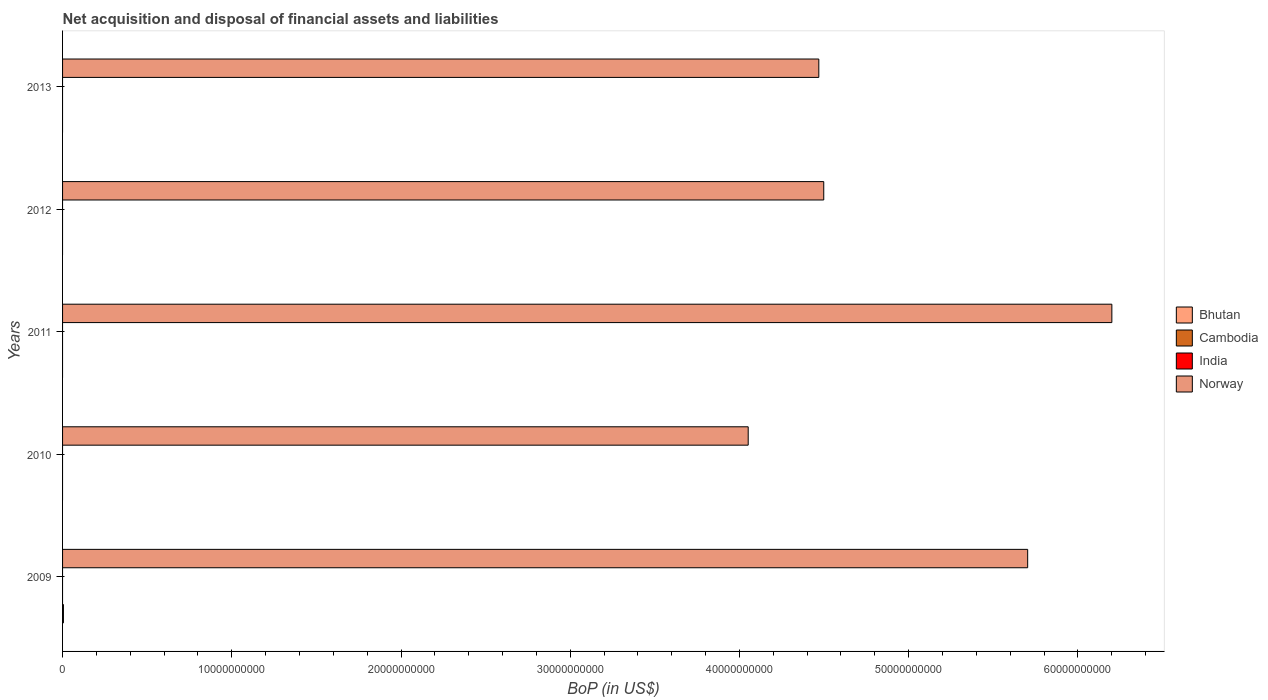
| Years | Bhutan | Cambodia | India | Norway |
 | --- | --- | --- | --- | --- |
 | 2009 | 5.18e+07 | -1.09e+08 | -2.62e+10 | 5.7e+10 |
 | 2010 | -1.04e+08 | -1.06e+08 | -5.64e+10 | 4.05e+10 |
 | 2011 | -4.03e+08 | -3.01e+08 | -6.44e+10 | 6.2e+10 |
 | 2012 | -4.6e+08 | -8.04e+08 | -9.02e+10 | 4.5e+10 |
 | 2013 | -1.98e+08 | -1.31e+09 | -4.81e+10 | 4.47e+10 |